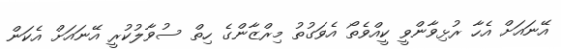
އޭނައަށް އެހާ ރުޅިވާންވީ ކީއްވެތޯ އެވަގުތު މިރްޒާންގެ ހިތް ސުވާލުކުރީ އޭނައަށް އެކަން